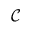
\mathcal { C }